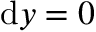
\mathrm { d } y = 0